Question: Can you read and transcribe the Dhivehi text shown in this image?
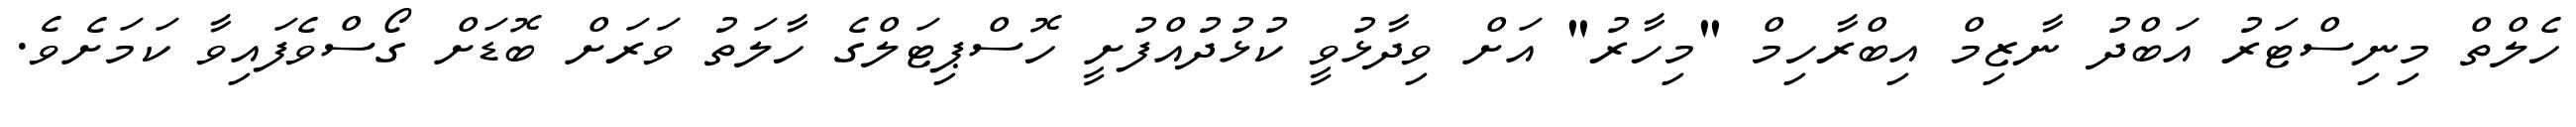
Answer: ހެލްތް މިނިސްޓަރު އަބްދު ނާޒިމް އިބްރާހިމް "މިހާރު" އަށް ވިދާޅުވީ ކުޅުދުއްފުށީ ހޮސްޕިޓަލްގެ ހާލަތު ވަރަށް ބޮޑަށް ގޯސްވެފައިވާ ކަމަށެވެ.